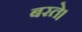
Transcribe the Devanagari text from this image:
बरते।